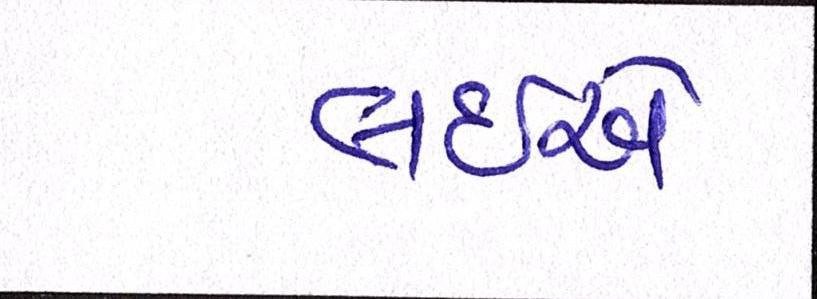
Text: લઇએ